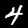
Label: 4